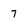
Character: 7